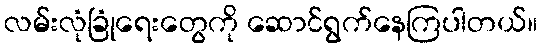
လမ်းလုံခြုံရေးတွေကို ဆောင်ရွက်နေကြပါတယ်။